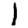
Digit: 1